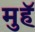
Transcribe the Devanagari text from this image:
मुहॅ